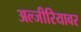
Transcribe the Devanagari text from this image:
अल्जीरियावर